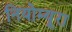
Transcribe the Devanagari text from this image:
नियोम्यूरा